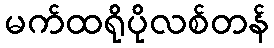
မက်ထရိုပိုလစ်တန်